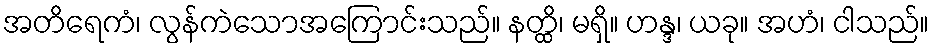
အတိရေကံ၊ လွန်ကဲသောအကြောင်းသည်။ နတ္ထိ၊ မရှိ။ ဟန္ဒ၊ ယခု။ အဟံ၊ ငါသည်။